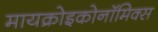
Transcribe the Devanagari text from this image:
मायक्रोइकोनॉमिक्स